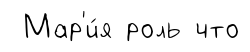
Мар'и́я роль что